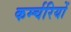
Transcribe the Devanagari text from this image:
कर्म्चरियों